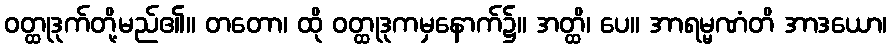
ဝတ္ထုဒုက်တို့မည်၏။ တတော၊ ထို ဝတ္ထုဒုကမှနောက်၌။ အတ္ထိ၊ ပေ။ အာရမ္မဏံတိ အာဒယော၊